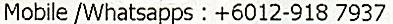
MOBILE /WHATSAPPS : +6012-918 7937